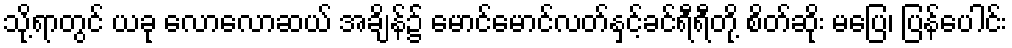
သို့ရာတွင် ယခု လောလောဆယ် အချိန်၌ မောင်မောင်လတ်နှင့်ခင်ရီရီတို့ စိတ်ဆိုး မပြေ၊ ပြန်ပေါင်း